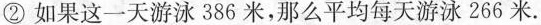
②如果这一天游泳386米，那么平均每天游泳266米.